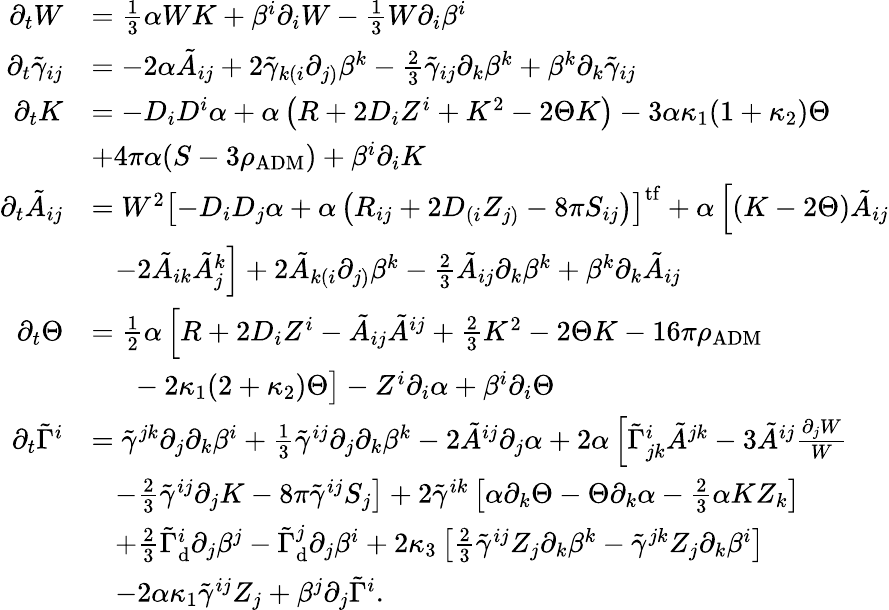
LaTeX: \begin{array}{rl}{\partial_{t}W}&{=\frac{1}{3}\alpha WK+\beta^{i}\partial_{i}W-\frac{1}{3}W\partial_{i}\beta^{i}}\\ {\partial_{t}\tilde{\gamma}_{ij}}&{=-2\alpha\tilde{A}_{ij}+2\tilde{\gamma}_{k(i}\partial_{j)}\beta^{k}-\frac{2}{3}\tilde{\gamma}_{ij}\partial_{k}\beta^{k}+\beta^{k}\partial_{k}\tilde{\gamma}_{ij}}\\ {\partial_{t}K}&{=-D_{i}D^{i}\alpha+\alpha\left(R+2D_{i}Z^{i}+K^{2}-2\Theta K\right)-3\alpha\kappa_{1}(1+\kappa_{2})\Theta}\\ &{+4\pi\alpha(S-3\rho_{\mathrm{ADM}})+\beta^{i}\partial_{i}K}\\ {\partial_{t}\tilde{A}_{ij}}&{=W^{2}\left[-D_{i}D_{j}\alpha+\alpha\left(R_{ij}+2D_{(i}Z_{j)}-8\pi S_{ij}\right)\right]^{\mathrm{tf}}+\alpha\left[\left(K-2\Theta\right)\tilde{A}_{ij}\right.}\\ &{\left.\; \; \; -2\tilde{A}_{ik}\tilde{A}_{j}^{k}\right]+2\tilde{A}_{k(i}\partial_{j)}\beta^{k}-\frac{2}{3}\tilde{A}_{ij}\partial_{k}\beta^{k}+\beta^{k}\partial_{k}\tilde{A}_{ij}}\\ {\partial_{t}\Theta}&{=\frac{1}{2}\alpha\left[R+2D_{i}Z^{i}-\tilde{A}_{ij}\tilde{A}^{ij}+\frac{2}{3}K^{2}-2\Theta K-16\pi\rho_{\mathrm{ADM}}\right.}\\ &{\left.\phantom{\frac{0}{0}}\; \; -2\kappa_{1}(2+\kappa_{2})\Theta\right]-Z^{i}\partial_{i}\alpha+\beta^{i}\partial_{i}\Theta}\\ {\partial_{t}\tilde{\Gamma}^{i}}&{=\tilde{\gamma}^{jk}\partial_{j}\partial_{k}\beta^{i}+\frac{1}{3}\tilde{\gamma}^{ij}\partial_{j}\partial_{k}\beta^{k}-2\tilde{A}^{ij}\partial_{j}\alpha+2\alpha\left[\tilde{\Gamma}_{jk}^{i}\tilde{A}^{jk}-3\tilde{A}^{ij}\frac{\partial_{j}W}{W}\right.}\\ &{\left.\; \; \; -\frac{2}{3}\tilde{\gamma}^{ij}\partial_{j}K-8\pi\tilde{\gamma}^{ij}S_{j}\right]+2\tilde{\gamma}^{ik}\left[\alpha\partial_{k}\Theta-\Theta\partial_{k}\alpha-\frac{2}{3}\alpha KZ_{k}\right]}\\ &{\; \; \; +\frac{2}{3}\tilde{\Gamma}_{\mathrm{d}}^{i}\partial_{j}\beta^{j}-\tilde{\Gamma}_{\mathrm{d}}^{j}\partial_{j}\beta^{i}+2\kappa_{3}\left[\frac{2}{3}\tilde{\gamma}^{ij}Z_{j}\partial_{k}\beta^{k}-\tilde{\gamma}^{jk}Z_{j}\partial_{k}\beta^{i}\right]}\\ &{\; \; \; -2\alpha\kappa_{1}\tilde{\gamma}^{ij}Z_{j}+\beta^{j}\partial_{j}\tilde{\Gamma}^{i}.}\end{array}